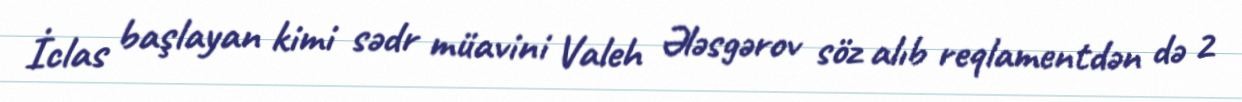
İclas başlayan kimi sədr müavini Valeh Ələsgərov söz alıb reqlamentdən də 2